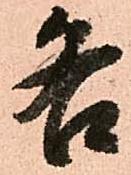
各